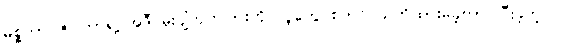
မစ္စတာ ဇပါတာရဲ့ အဲဒီ မိုးပျံဘုတ်ပြားကို လူတွေ စတင် သတိထားမိခဲ့တာ ပြီးခဲ့တဲ့လ